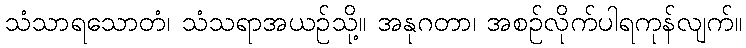
သံသာရသောတံ၊ သံသရာအယဉ်သို့။ အနုဂတာ၊ အစဉ်လိုက်ပါရကုန်လျက်။